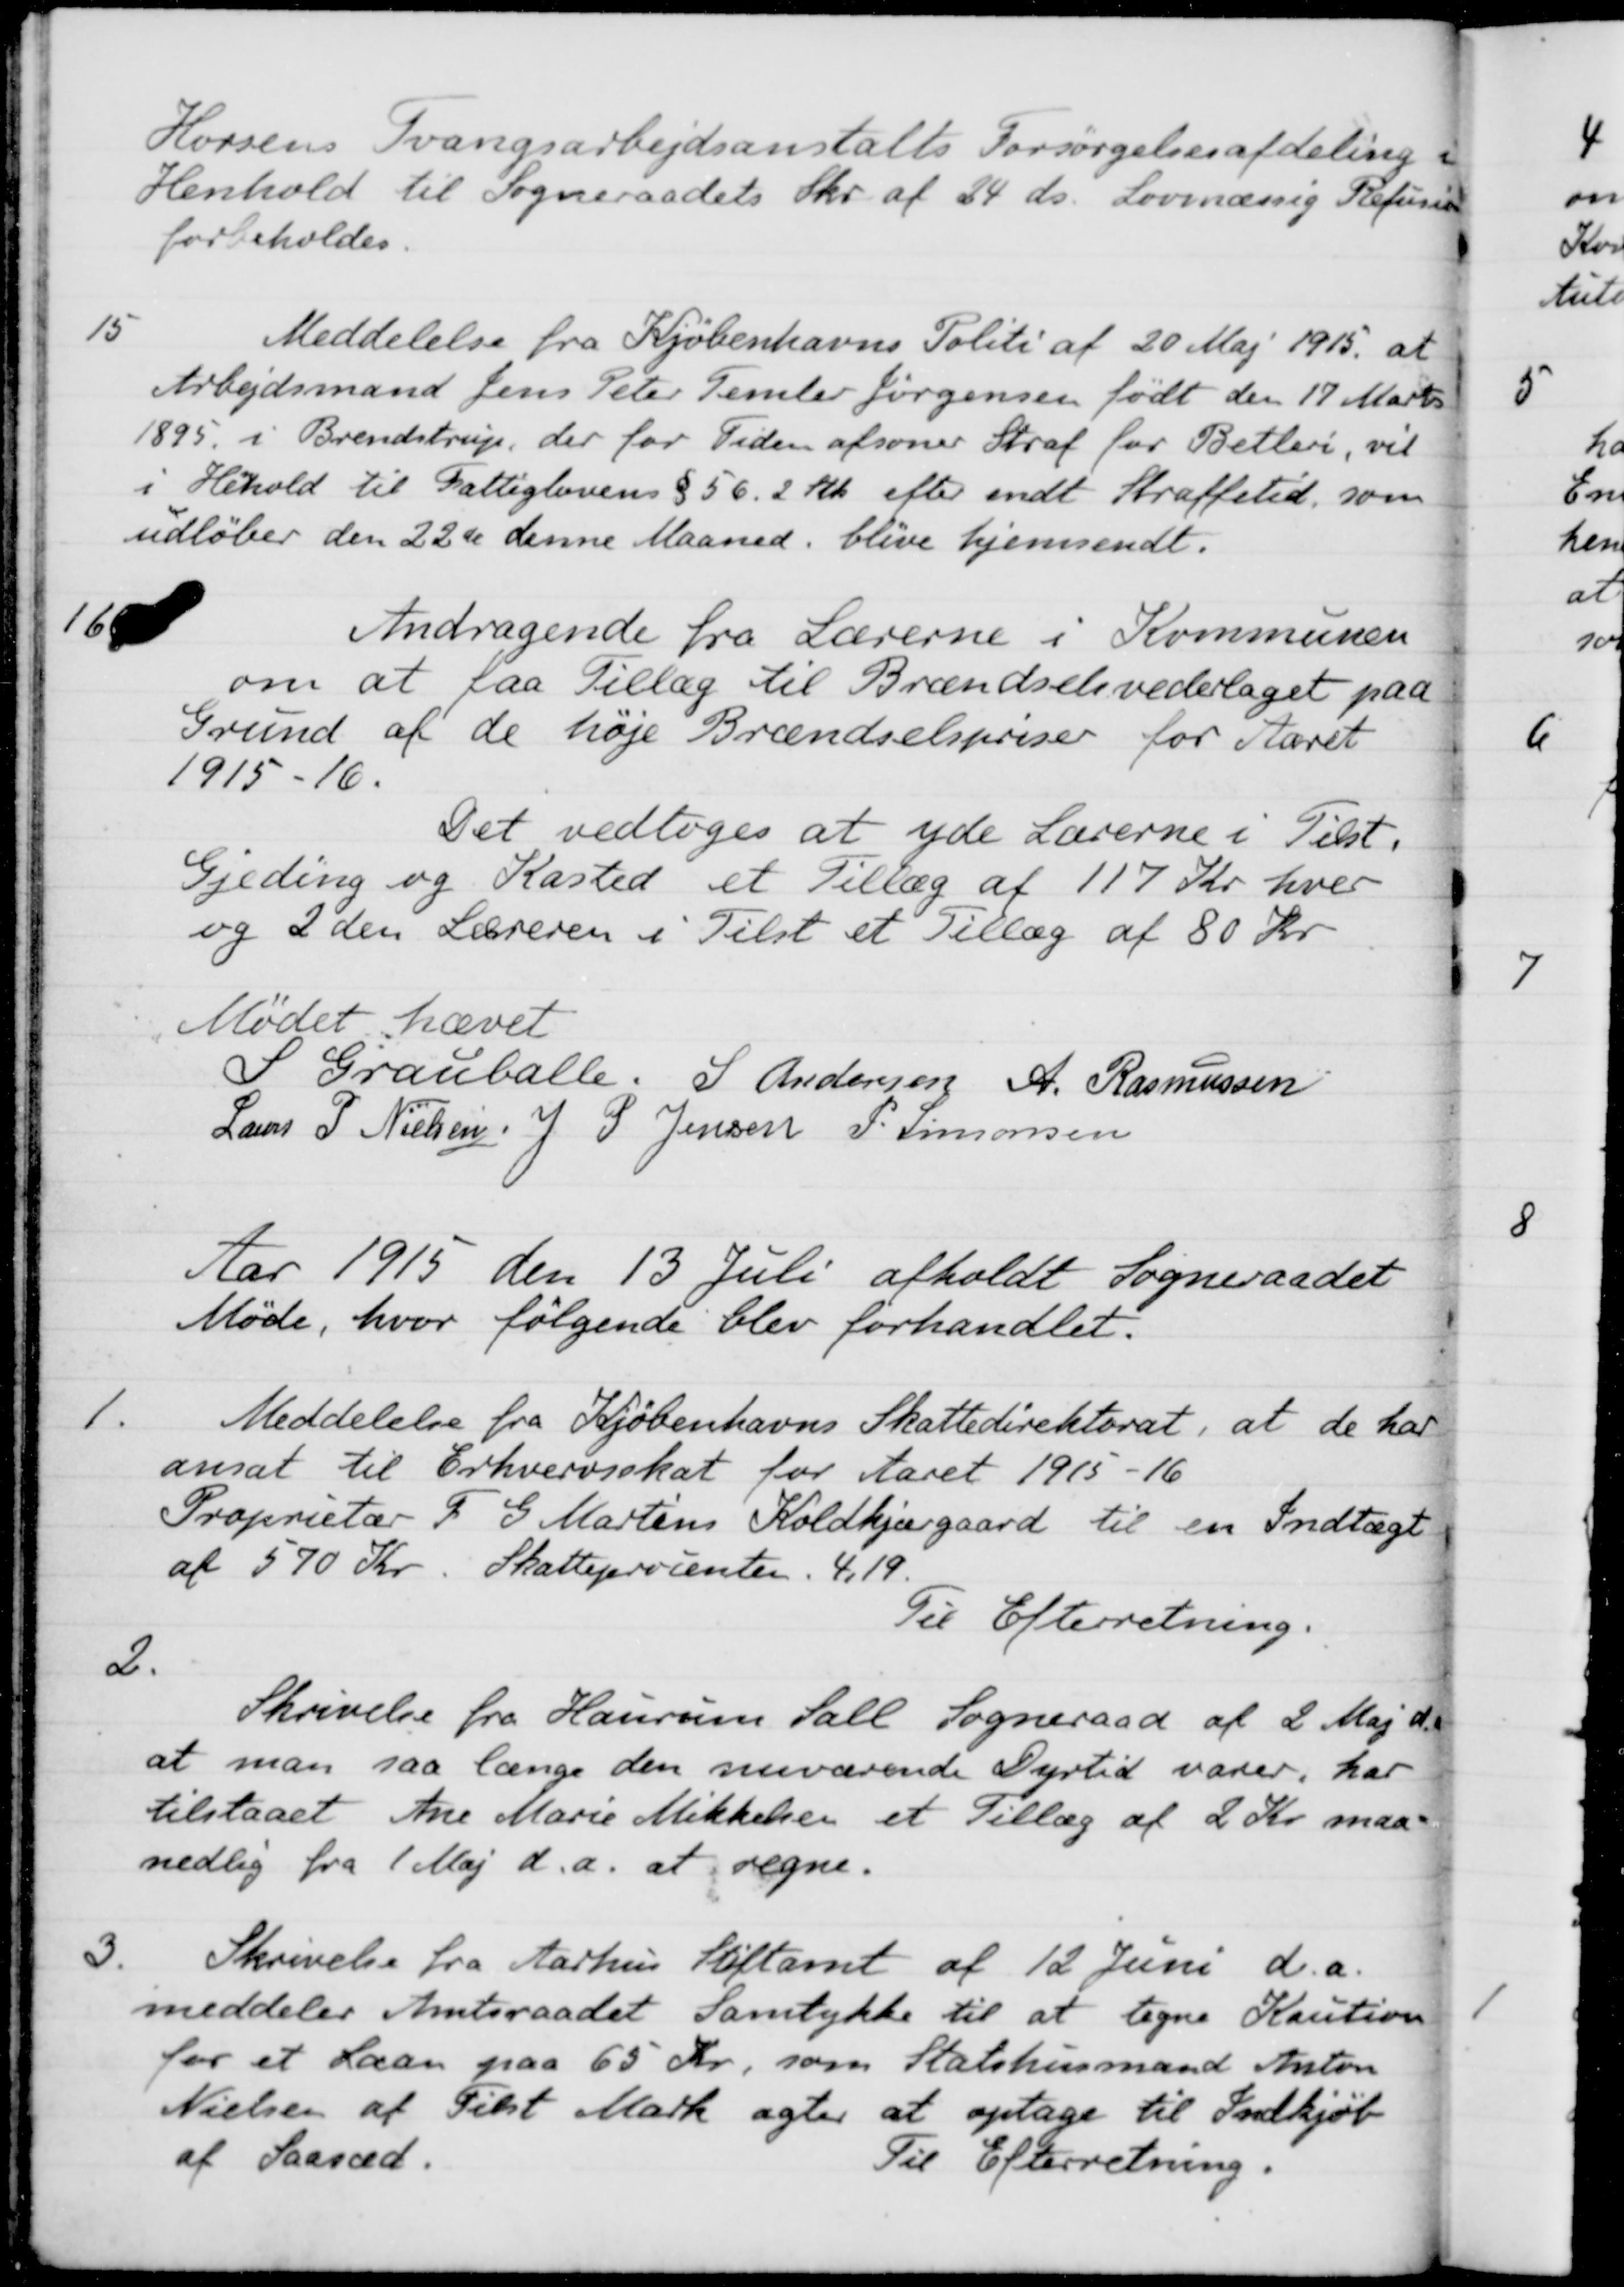
Transskription:
Horsens Tvangsarbejdsanstalts Forsørgelsesafdeling i
Henhold til Sogneraadets Skr. af 24 ds. Lovmæssig Refusion
forbeholdes.
15
Meddelelse fra Kjøbenhavns Politi af 20 Maj 1915, at
Arbejdsmand Jens Peter Temler Jørgensen født den 17 Marts
1895 i Brendstrup, der for Tiden afsoner Straf for Betleri, vil
i Henhold til Fattiglovens § 56.2  Stk efter endt Straffetid, som
udløber den 22de denne Maaned blive hjemsendt.
16
Andragende fra Lærerne i Kommunen
om at faa Tillæg til Brændselsvederlaget paa
Grund af de høje Brændselspriser for Aaret
1915-16.
Det vedtoges at yde Lærerne i Tilst.
Gjeding og Kasted et Tillæg af 117 Kr hver
og 2 den Læreren i Tilst et Tillæg af 80 Kr.
Mødet hævet
S Grauballe.
S Andersen
A. Rasmussen
Laurs P Nielsen
J. P. Jensen
P. Simonsen
Aar 1915 den 13 Juli afholdt Sogneraadet
Möde, hvor følgende blev forhandlet:
1.
Meddelelse fra Kjøbenhavns Skattedirektorat, at de har
ansat til Erhvervsskat for Aaret 1915-16
Proprietær F. G. Martins Koldkjærgaard til en Indtægt
af 570 Kr. Skatteprocenten. 4,19.
Til Efterretning.
2.
Skrivelse fra Haurum Sall Sogneraad af 2 Maj d.a
at man saa længe den nuværende Dyrtid varer, har
tilstaaet Ane Marie Mikkelsen et Tillæg af 2 Kr. maa-
nedlig fra 1 Maj d.a. at regne.
3.
Skrivelse fra Aarhus Stiftamt af 12 Juni d.a.
meddeler Amtsraadet Samtykke til at tegne Kaution
for et Laan paa 65 Kr. som Statshusmand Anton
Nielsen af Tilst Mark agter at optage til Indkjøb
af Saasæd.
Til Efterretning.